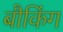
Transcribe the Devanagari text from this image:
बौकिंग